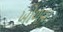
ખોળવા